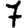
Digit: 7